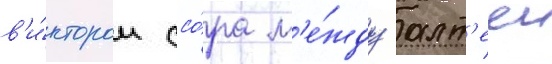
в'и́ктором ссо́ра м'е́жду алт'ееи